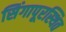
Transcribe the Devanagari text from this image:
सिंगापूरस्थित